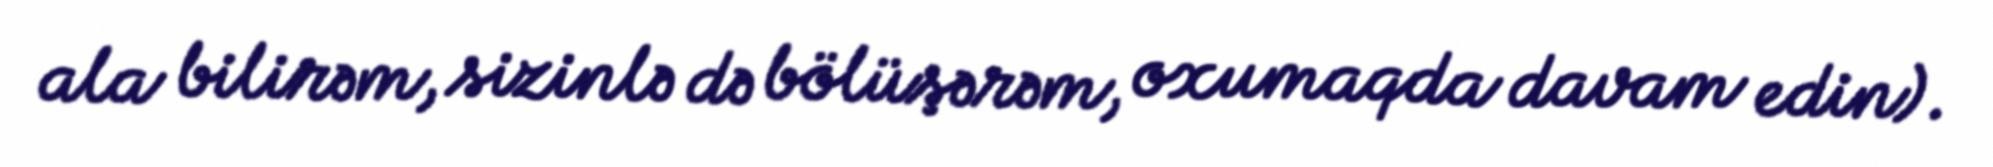
ala bilirəm, sizinlə də bölüşərəm, oxumaqda davam edin).